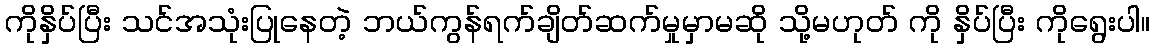
ကိုနှိပ်ပြီး သင်အသုံးပြုနေတဲ့ ဘယ်ကွန်ရက်ချိတ်ဆက်မှုမှာမဆို သို့မဟုတ် ကို နှိပ်ပြီး ကိုရွေးပါ။